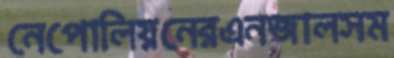
নেপোলিয়নেরএনজালসম